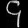
Digit: ၄